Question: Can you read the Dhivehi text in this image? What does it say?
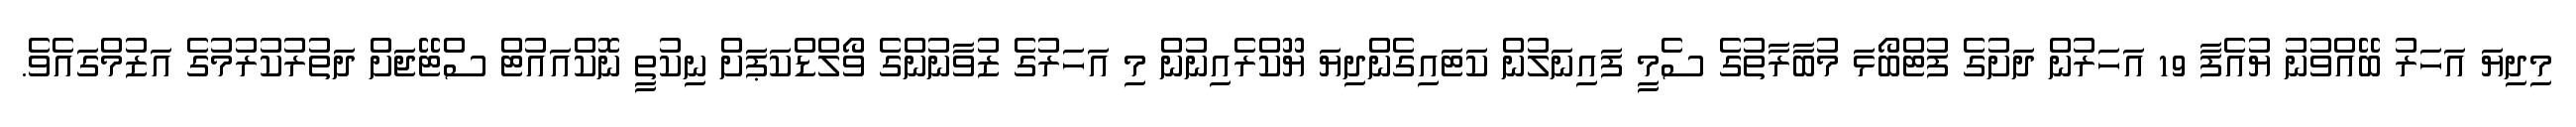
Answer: މިދިޔަ އަހަރު ބޭއްވުނު ޔުއެފާ 19 އަހަރުން ދަށުގެ ފުޓްބޯޅަ މުބާރާތުގެ ސެމީ ފައިނަލުން ކަޓައިގެންދިޔަ ޔޫކްރެއިނުން މި އަހަރުގެ ޒުވާނުންގެ ވޯލްޑްކަޕަށް ނިކުތީ ނޮކްއައުޓް ސްޓޭޖަށް ދަތުރުކުރުމުގެ އަޒުމްގައެވެ.